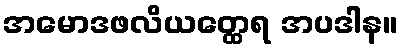
အမောဒဖလိယတ္ထေရ အပဒါန။